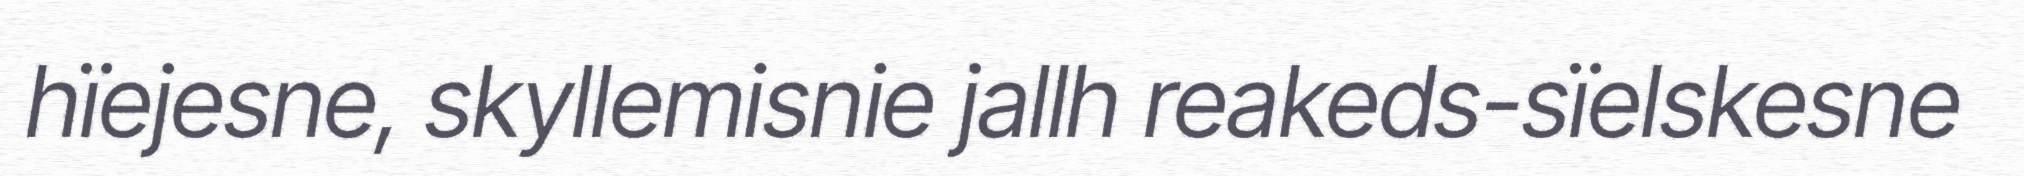
hïejesne, skyllemisnie jallh reakeds-sïelskesne